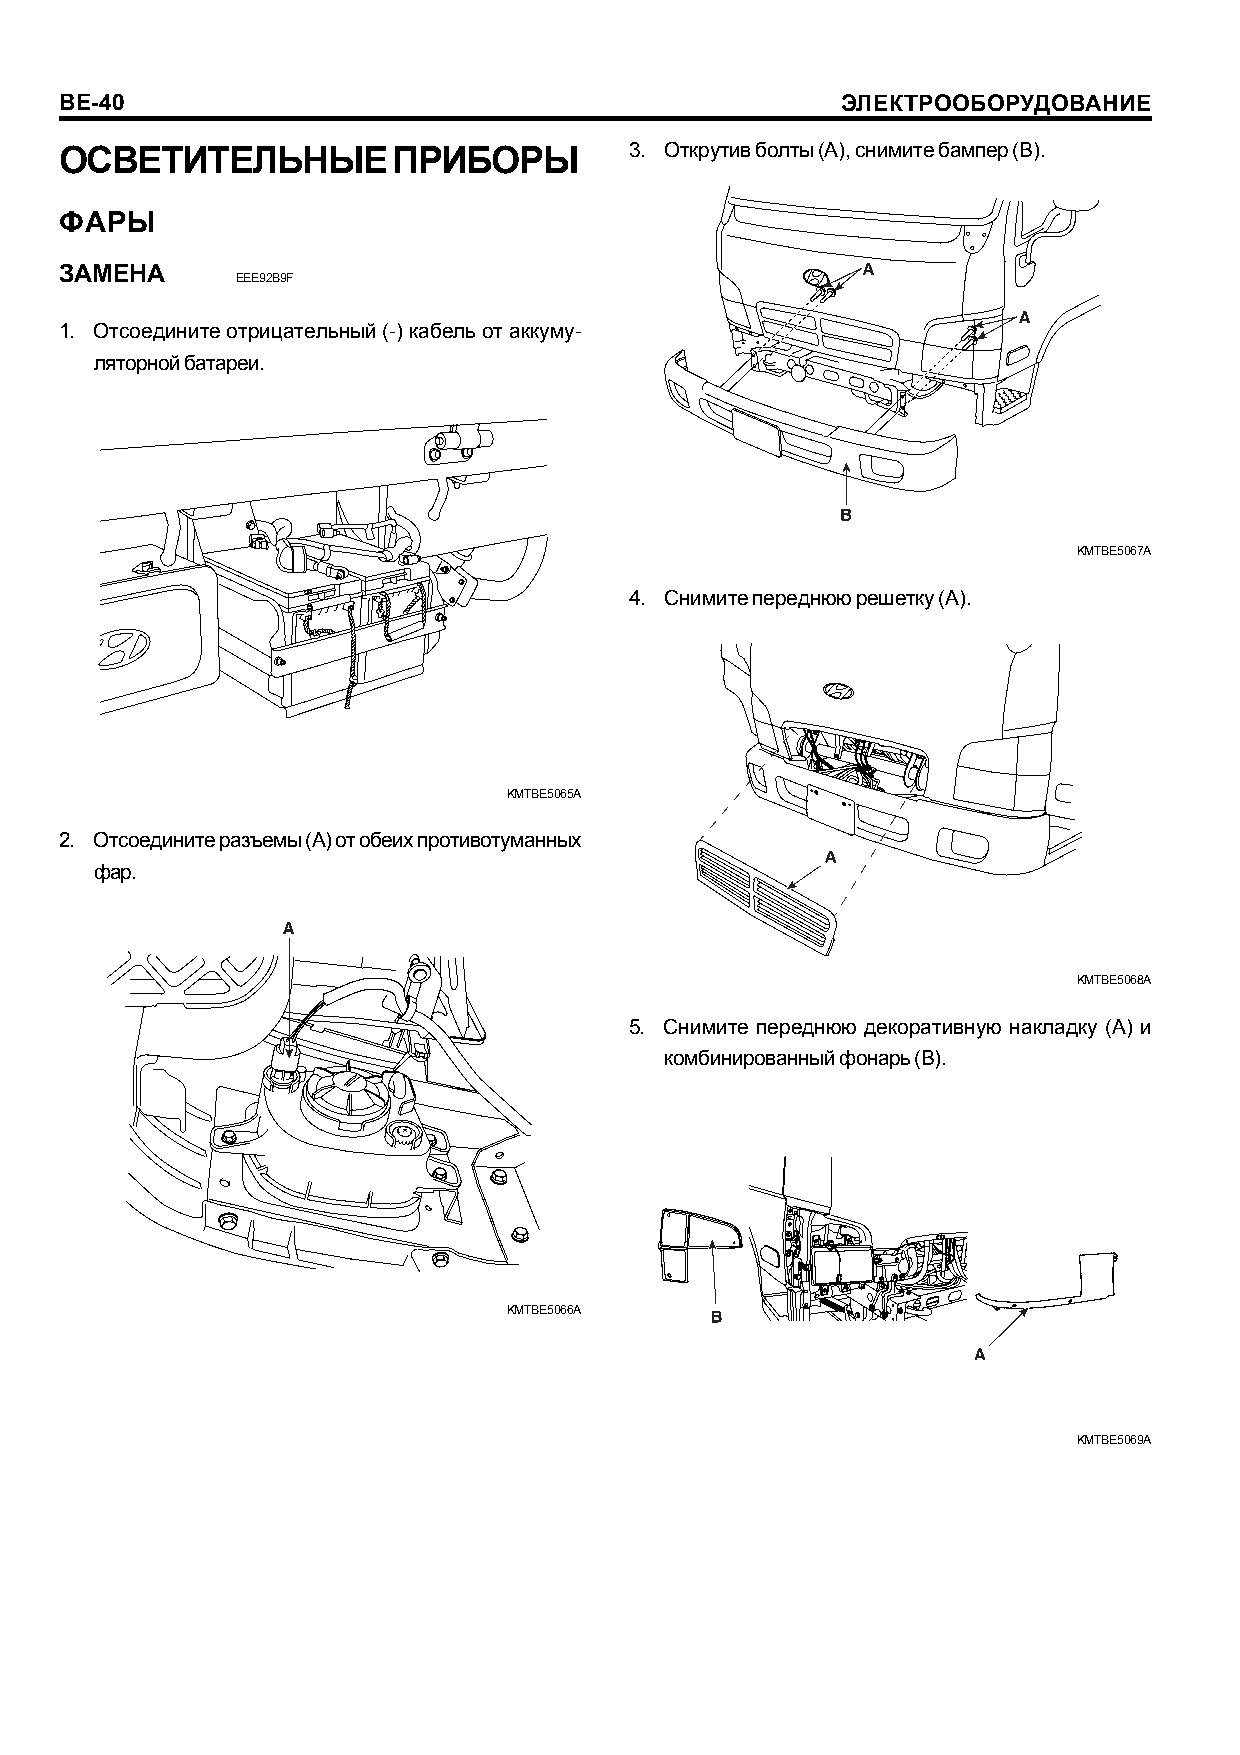
BE-40                                               ÝËÅÊÒÐÎÎÁÎÐÓÄÎÂÀÍÈÅ
 ÎÑÂÅÒÈÒÅËÜÍÛÅ         ÏÐÈÁÎÐÛ         3. Îòêðóòèâ áîëòû (A), ñíèìèòå áàìïåð (B).
 ÔÀÐÛ
 ÇÀÌÅÍÀ
 EEE92B9F
 1. Îòñîåäèíèòå îòðèöàòåëüíûé (-) êàáåëü îò àêêóìó-
 ëÿòîðíîé áàòàðåè.
 KMTBE5067A
 4. Ñíèìèòå ïåðåäíþþ ðåøåòêó (A).
 KMTBE5065A
 2. Îòñîåäèíèòå ðàçúåìû (A) îò îáåèõ ïðîòèâîòóìàííûõ
 ôàð.
 KMTBE5068A
 5. Ñíèìèòå ïåðåäíþþ äåêîðàòèâíóþ íàêëàäêó (A) è
 êîìáèíèðîâàííûé ôîíàðü (B).
 KMTBE5066A
 KMTBE5069A